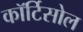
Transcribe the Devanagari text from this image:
कॉर्टिसोल